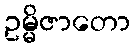
ဥမ္မိဇာတော